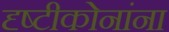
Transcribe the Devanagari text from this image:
दृष्टीकोनांना